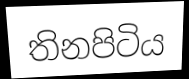
තිනපිටිය